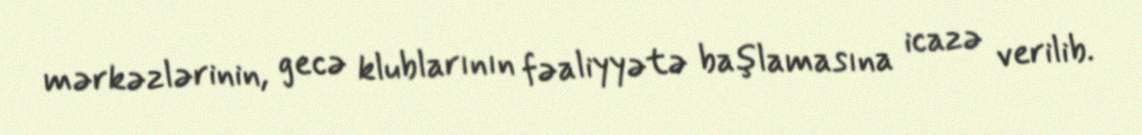
mərkəzlərinin, gecə klublarının fəaliyyətə başlamasına icazə verilib.